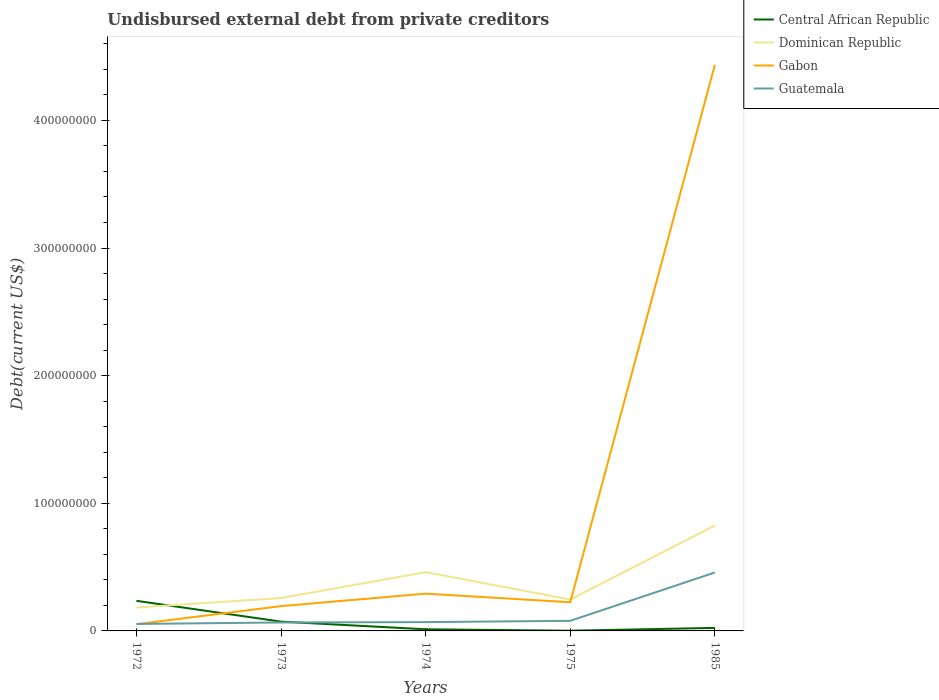
| Years | Central African Republic | Dominican Republic | Gabon | Guatemala |
 | --- | --- | --- | --- | --- |
 | 1972 | 2.36e+07 | 1.83e+07 | 5.24e+06 | 5.46e+06 |
 | 1973 | 7.28e+06 | 2.58e+07 | 1.94e+07 | 6.62e+06 |
 | 1974 | 1.28e+06 | 4.61e+07 | 2.92e+07 | 6.9e+06 |
 | 1975 | 1.62e+05 | 2.46e+07 | 2.25e+07 | 7.91e+06 |
 | 1985 | 2.37e+06 | 8.26e+07 | 4.44e+08 | 4.58e+07 |